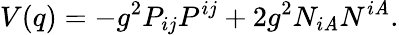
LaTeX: V(q)=-g^{2}P_{ij}P^{ij}+2g^{2}N_{i\mathit{A}}N^{i\mathit{A}}.